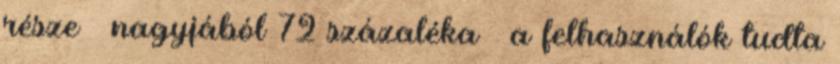
része – nagyjából 72 százaléka – a felhasználók tudta